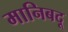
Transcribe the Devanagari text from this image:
मानिबदू